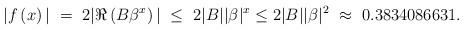
LaTeX: \begin{align*} |f\left(x\right)| \ = \ 2|\Re\left(B\beta^{x}\right)|\ \leq\ 2|B||\beta|^{x}\leq2|B||\beta|^{2}\ \approx\ 0.3834086631.\end{align*}